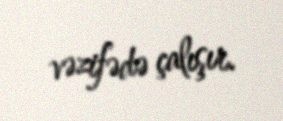
vəzifədə çalışır.